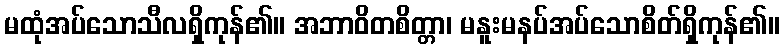
မထုံအပ်သောသီလရှိကုန်၏။ အဘာဝိတစိတ္တာ၊ မနူးမနပ်အပ်သောစိတ်ရှိကုန်၏။